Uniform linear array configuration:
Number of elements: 16
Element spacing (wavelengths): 0.5
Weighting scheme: hann
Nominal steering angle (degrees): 60
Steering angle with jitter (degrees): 61.293
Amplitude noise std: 0.05
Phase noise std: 0.05

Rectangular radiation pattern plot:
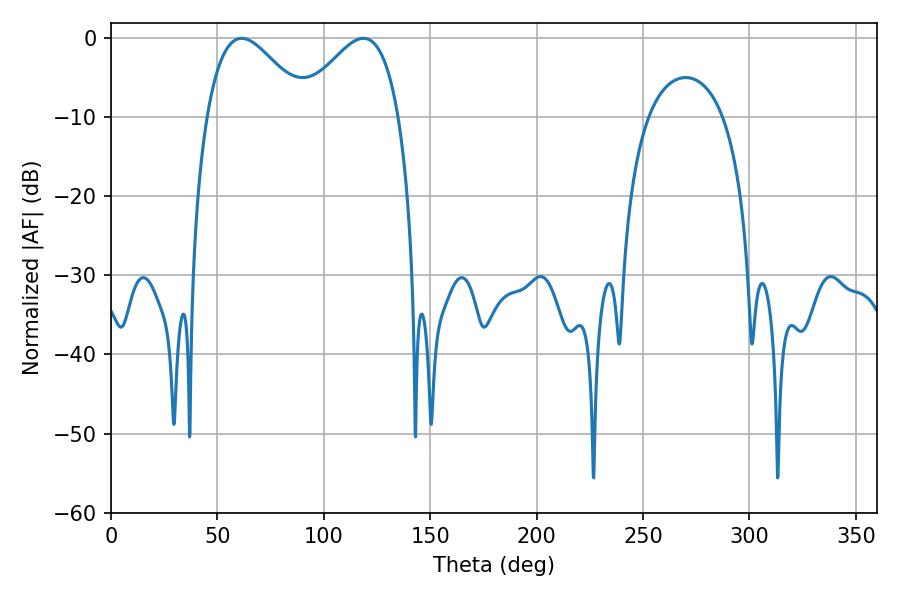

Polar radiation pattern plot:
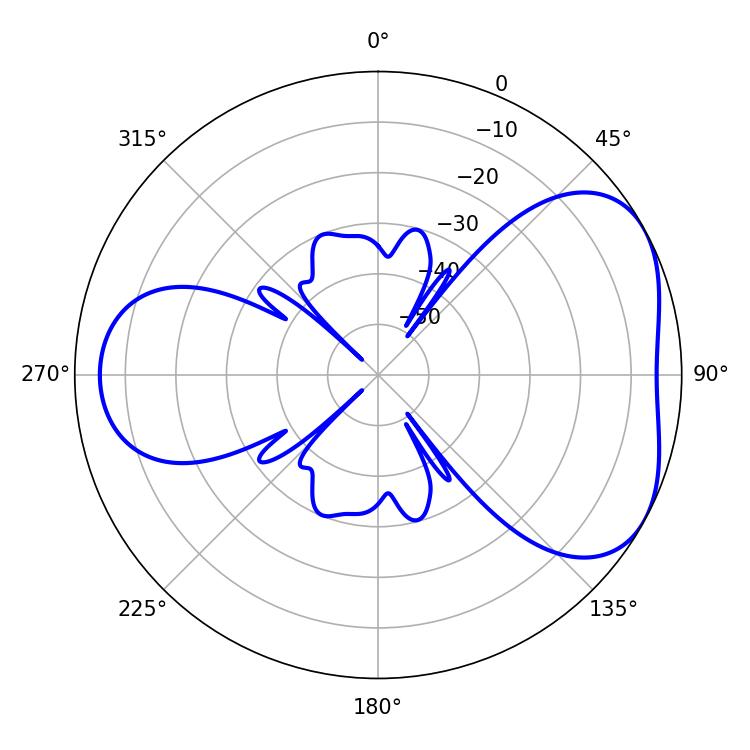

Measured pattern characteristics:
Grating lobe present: FALSE
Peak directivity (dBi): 4.568
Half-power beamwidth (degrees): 25.38
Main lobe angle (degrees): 61.38